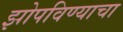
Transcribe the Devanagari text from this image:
झोपविण्याचा